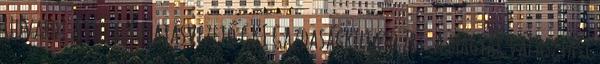
Udvardi Attila Kutatásvezető GKI Gazdaságkutató Zrt. A magyar választási